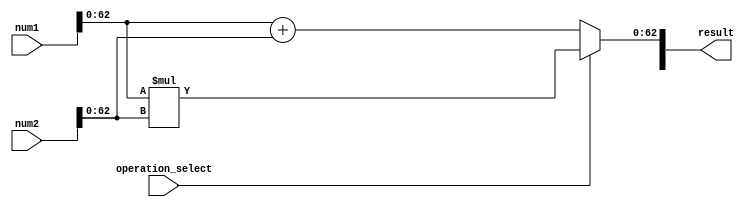
module double_precision_unit (
    input [63:0] num1,
    input [63:0] num2,
    input operation_select, // 0 for addition, 1 for multiplication
    output reg [63:0] result
);

reg [62:0] mantissa1, mantissa2;
reg [10:0] exponent1, exponent2;
reg sign1, sign2;
reg [10:0] exponent_final;
reg [63:0] result_temp;

always @(*)
begin
    sign1 = num1[63];
    sign2 = num2[63];
    mantissa1 = num1[62:0];
    mantissa2 = num2[62:0];
    exponent1 = num1[53:42];
    exponent2 = num2[53:42];
    
    // Perform addition
    if(operation_select == 0)
    begin
        // Perform alignment and rounding
        // Operation algorithm here
        
        // Assign result
        result_temp = {sign1, exponent_final, mantissa1 + mantissa2};
    end
    // Perform multiplication
    else
    begin
        // Perform multiplication operation on mantissa and exponent
        // Operation algorithm here
        
        // Assign result
        result_temp = {sign1 ^ sign2, exponent_final, mantissa1 * mantissa2};
    end

    // Error detection and handling mechanisms
    // Overflow, Underflow, and other exceptional conditions handling

    // Assign final result
    result = result_temp;
end

endmodule